65_HS1-834228961_62-HQ-83894_Section_2
Agency: FBI
Page 92
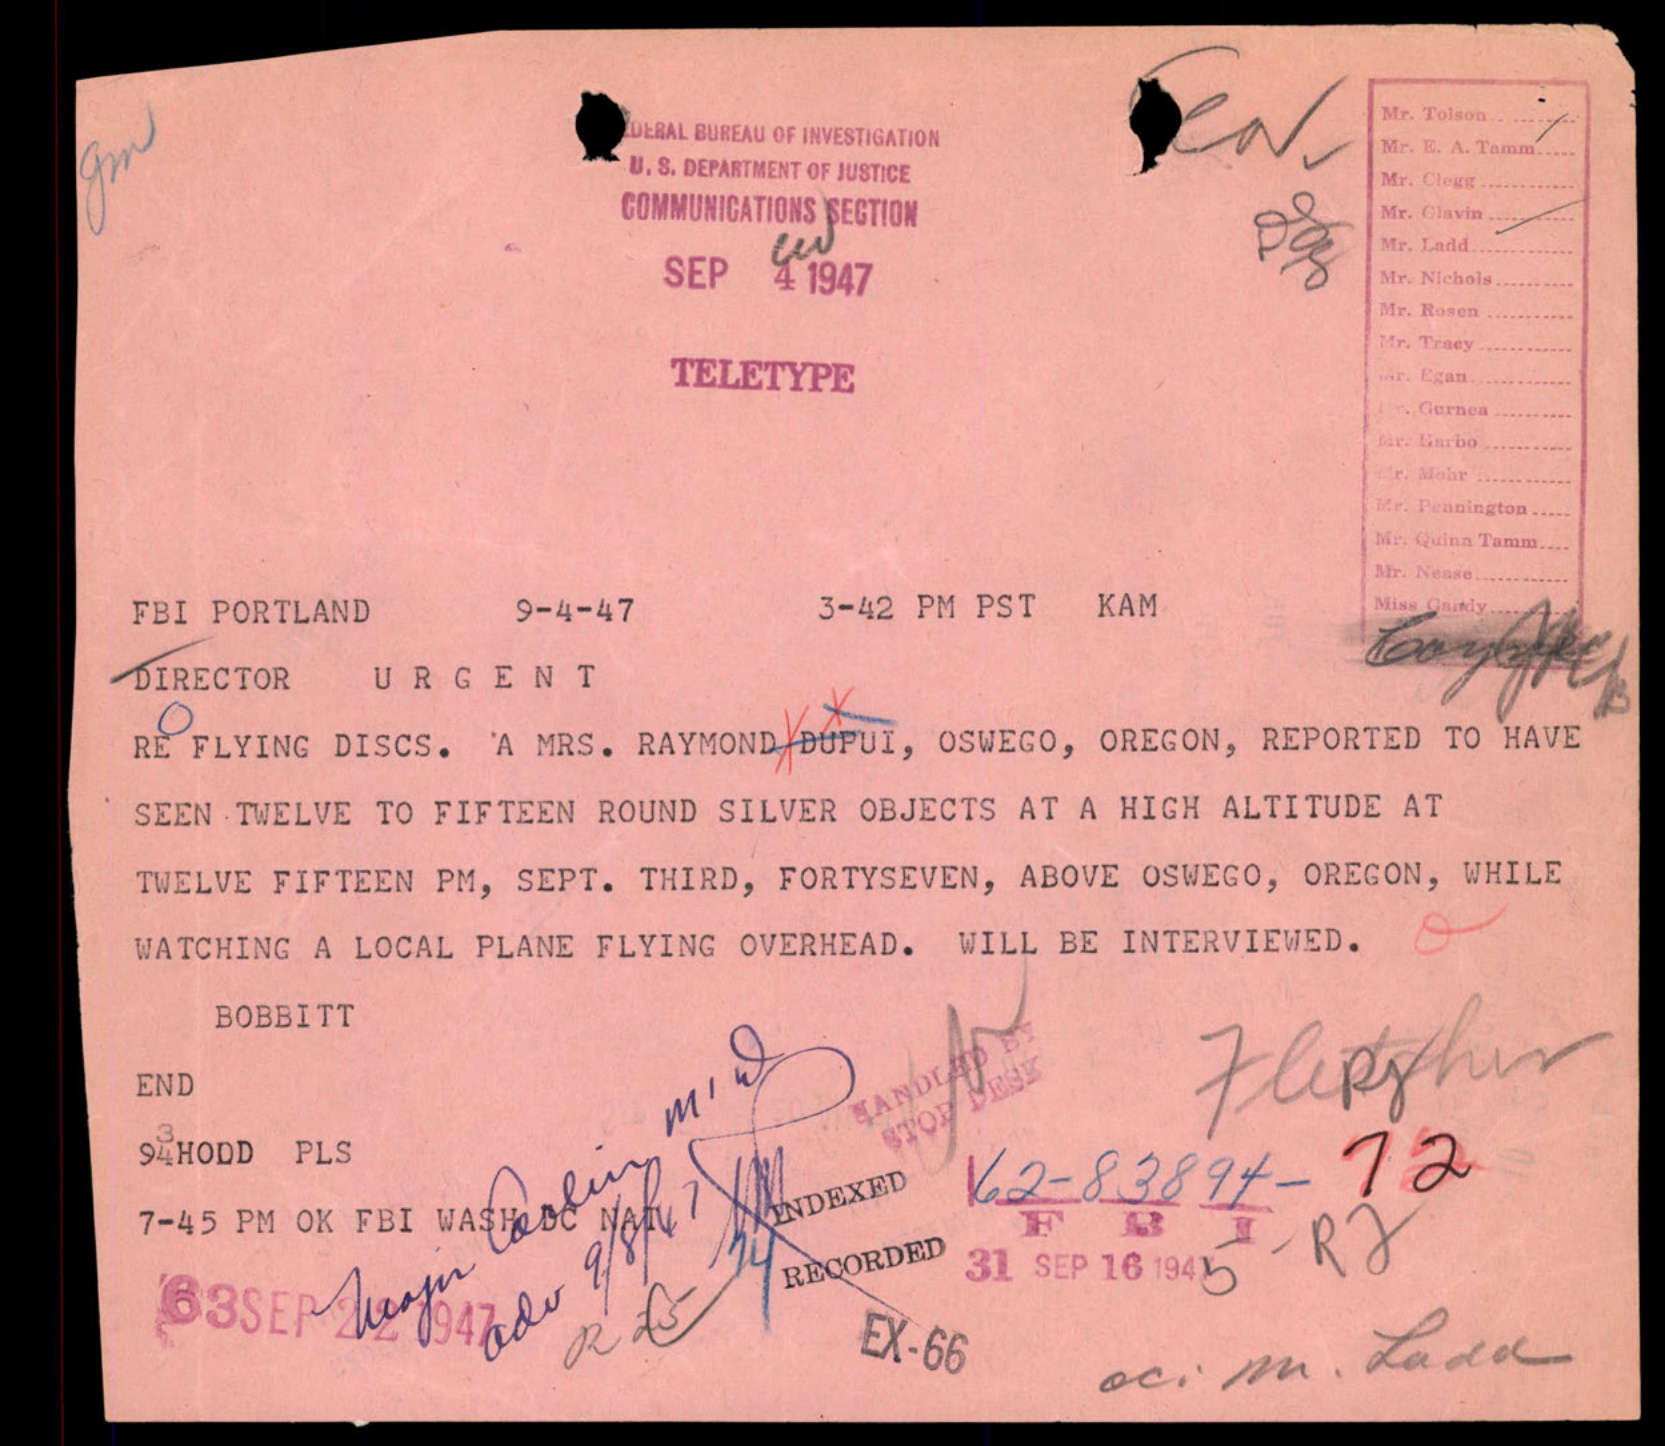